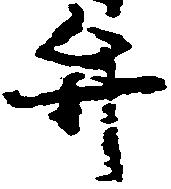
弁